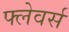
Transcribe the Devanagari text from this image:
फ्लेवर्स